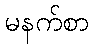
မနက်စာ